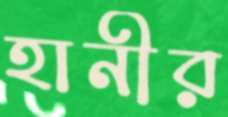
হানীর